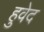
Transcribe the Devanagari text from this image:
हुवेद